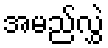
အမည်လွှဲ